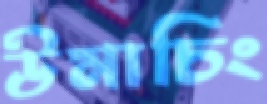
উমাচিং